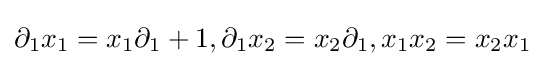
\partial _{1}x_{1}=x_{1}\partial _{1}+1,\partial _{1}x_{2}=x_{2}\partial _{1},x_{1}x_{2}=x_{2}x_{1}